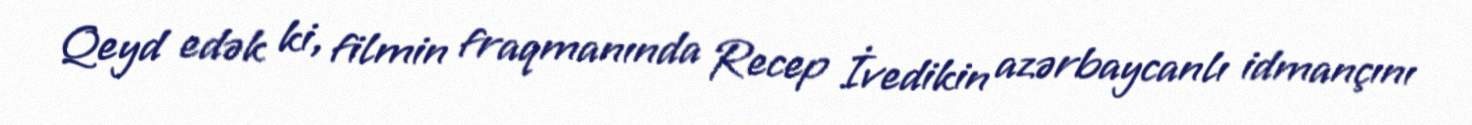
Qeyd edək ki, filmin fraqmanında Recep İvedikin azərbaycanlı idmançını